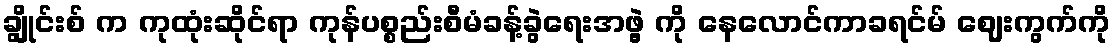
ချွိုင်းစ် က ကုထုံးဆိုင်ရာ ကုန်ပစ္စည်းစီမံခန့်ခွဲရေးအဖွဲ့ ကို နေလောင်ကာခရင်မ် ဈေးကွက်ကို